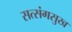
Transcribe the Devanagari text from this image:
सत्संगसुख